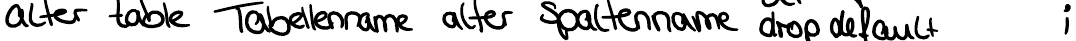
alter table Tabellenname alter Spaltenname drop default